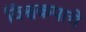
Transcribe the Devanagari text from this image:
विश्वकपाचे